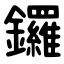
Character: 鑼